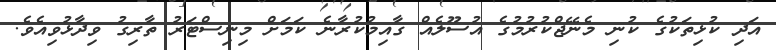
އަދި ކުޅިތަކުގެ ކުނި މެނޭޖްކުރުމުގެ އުސޫލެއް ގާއިމުކުރާނެ ކަމަށް މިނިސްޓަރު ތާރިގު ވިދާޅުވިއެވެ.